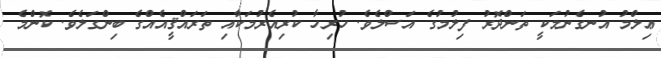
ޢިލްމު އުނގެނުމަކީ ތަންދޮރު ފިލުމުގެ އަސްލެވެ. ހުރިހާ ކުރިއެރުމަކާއި ތަރައްޤީއެއްގެ ބިންގަލެވެ. ކޮންމެ